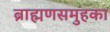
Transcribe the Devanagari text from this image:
ब्राह्मणसमुहका